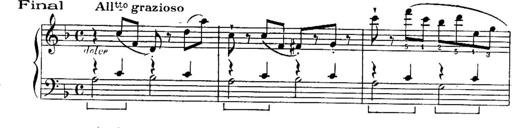
Title: Sonatines
Composer: Hedwige ChrÃ©tien